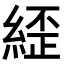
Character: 𮈥